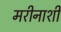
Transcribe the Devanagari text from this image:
मरीनाशी